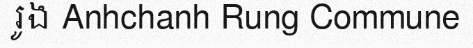
រូង Anhchanh Rung Commune